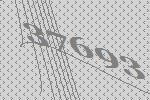
37693